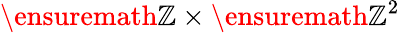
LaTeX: \ensuremath{\mathbb{Z}}\times\ensuremath{\mathbb{Z}}^{2}